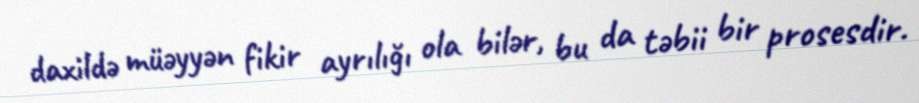
daxildə müəyyən fikir ayrılığı ola bilər, bu da təbii bir prosesdir.